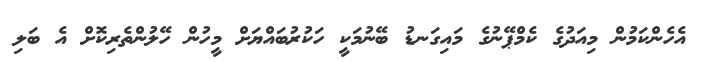
އެހެންކަމުން މިއަދުގެ ކެމްޕޭނުގެ މައިގަނޑު ބޭނުމަކީ ހަކުރުބައްޔަށް މީހުން ހޭލުންތެރިކޮށް އެ ބަލި